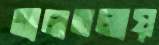
তালতলায়